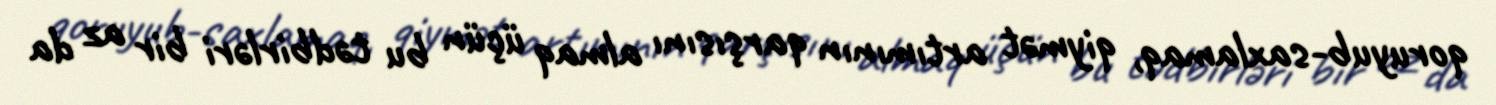
qoruyub-saxlamaq, qiymət artımının qarşısını almaq üçün bu tədbirləri bir az da